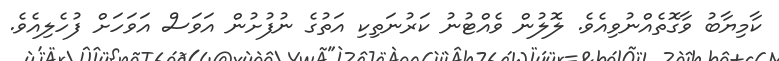
ކާމިޔާބު ވާގޮތެއްނުވިއެވެ. ލޮލުން ވެއްޓުނު ކަރުނަތިކި އަތުގެ ނުފުށުން އަވަސް އަވަހަށް ފުހެލިއެވެ.